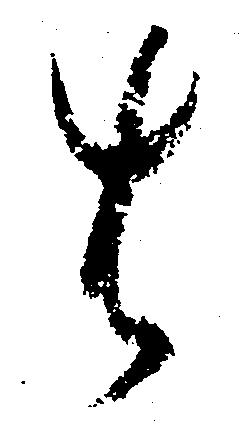
は